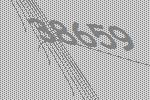
38659